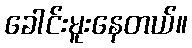
ခေါင်းမူးနေတယ်။